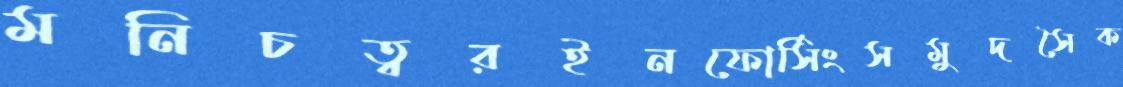
মনিচত্বরইনফোর্সিংসমুদসৈক